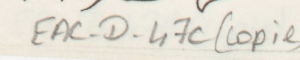
EAC-D-47c (copie)